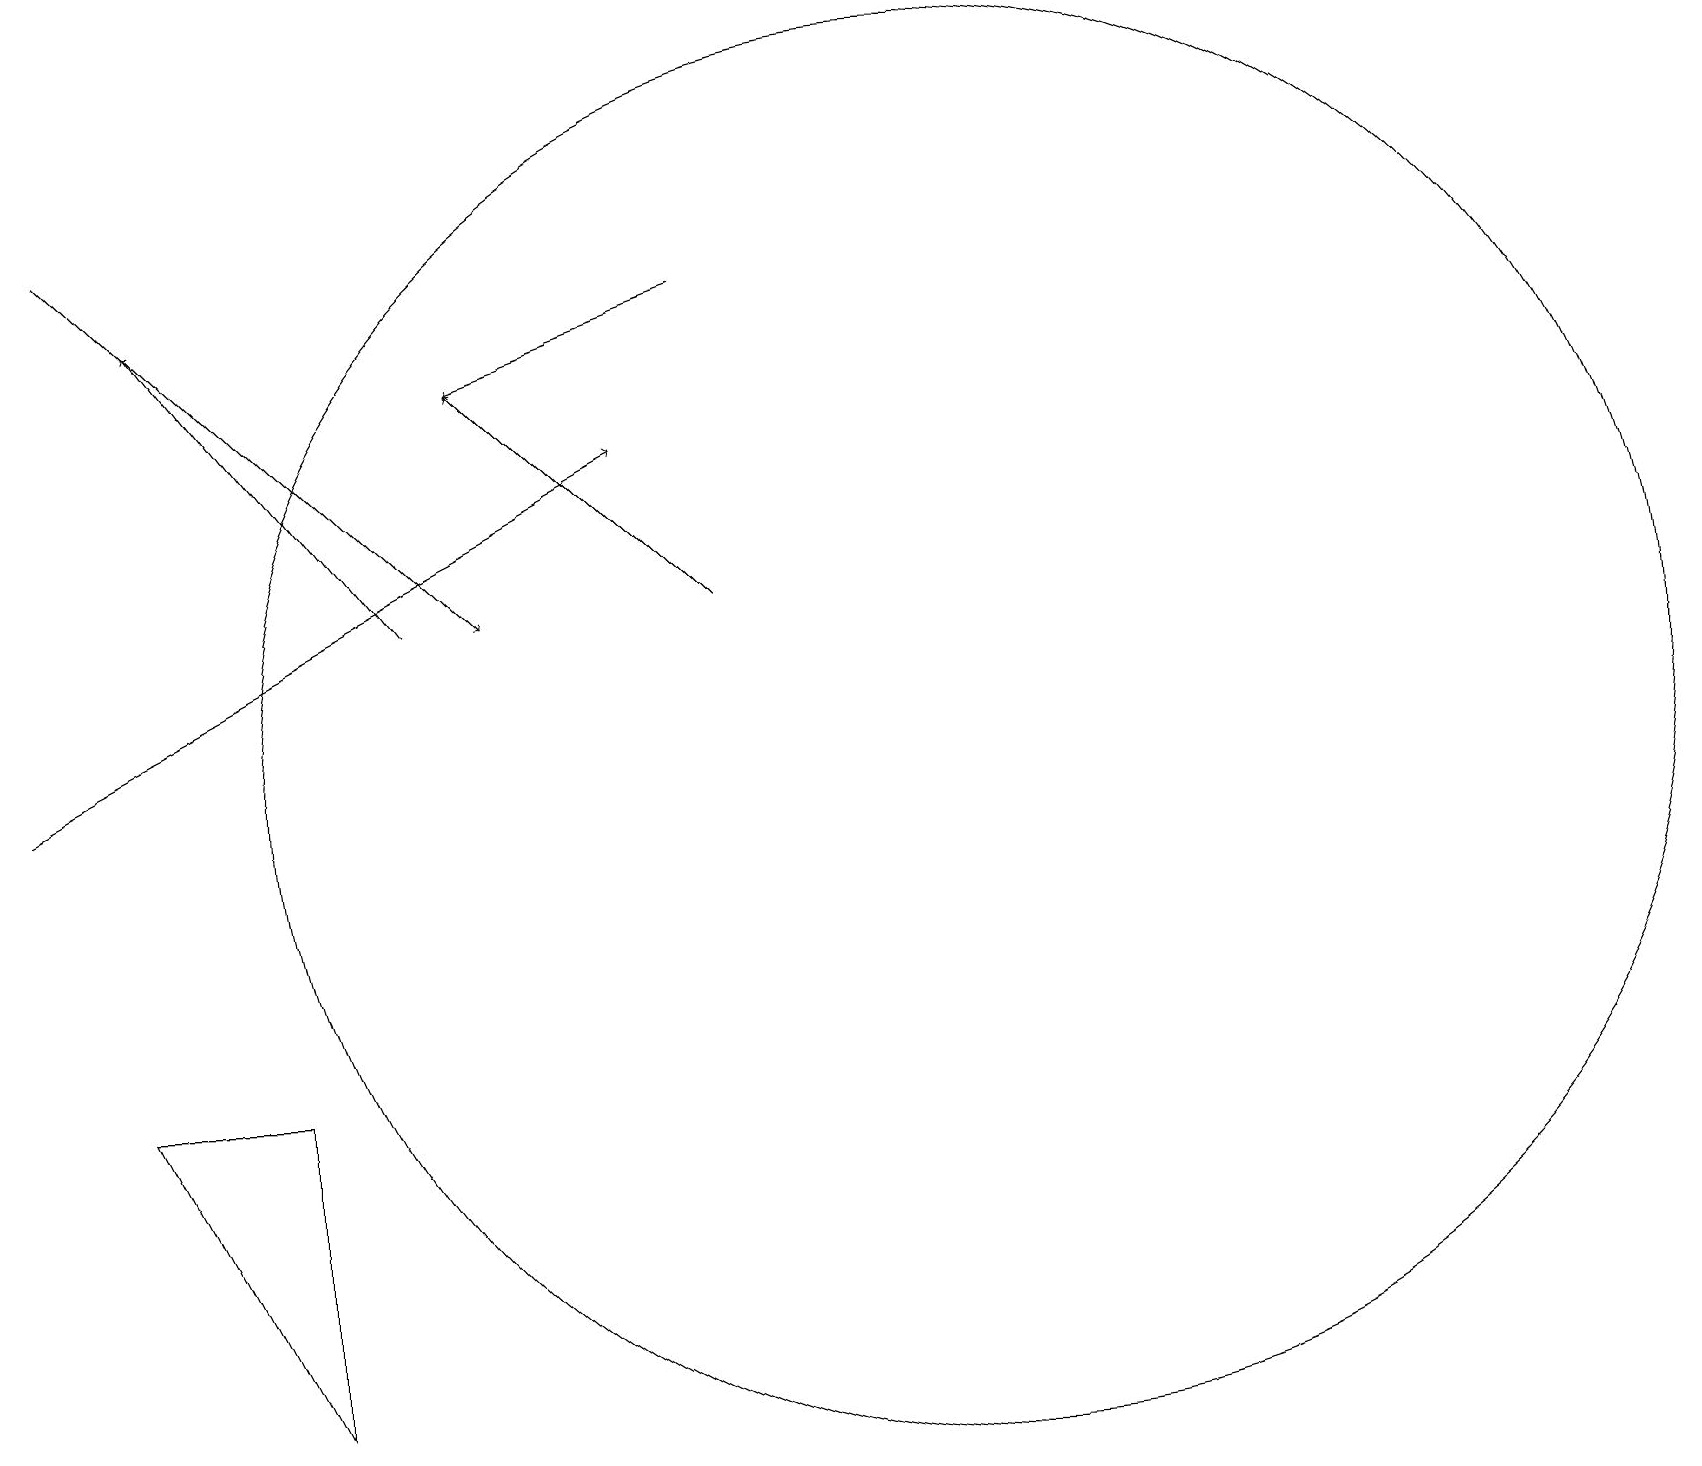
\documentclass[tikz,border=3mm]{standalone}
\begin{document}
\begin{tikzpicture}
\draw[->] (9,16) -- (6,15);
\draw[->] (5,12) -- (2,16);
\draw (12,10) circle (9);
\draw[->] (1,17) -- (6,12);
\draw[->] (9,12) -- (6,15);
\draw (3,6) -- (3,2) -- (1,6) -- cycle;
\draw[->] (0,10) -- (8,14);
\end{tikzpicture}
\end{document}